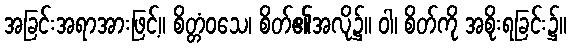
အခြင်းအရာအားဖြင့်။ စိတ္တံဝသေ၊ စိတ်၏အလို၌။ ဝါ၊ စိတ်ကို အစိုးရခြင်း၌။